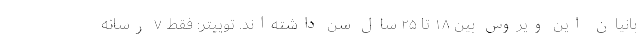
بانیان این ویروس بین ۱۸ تا ۲۵ سال سن داشته‌اند. توییتر: فقط ۷ رسانه